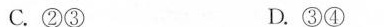
C.②③ D.③④